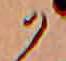
か